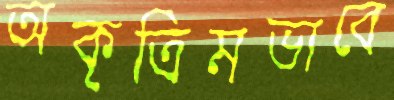
অকৃত্রিমভাবে